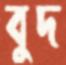
বুদ